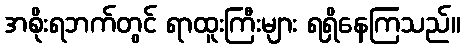
အစိုးရဘက်တွင် ရာထူးကြီးများ ရရှိနေကြသည်။